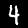
Digit: 4